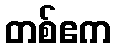
တစ်ဧက